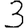
Digit: 3